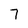
Character: 7